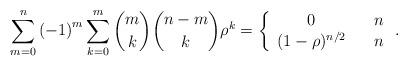
LaTeX: \begin{align*}\sum_{m=0}^{n}\left( -1\right) ^{m}\sum_{k=0}^{m}\binom{m}{k}\binom{n-m}{k}\rho ^{k}=\left\{ \begin{array}{ccc}0 & & n \\ (1-\rho )^{n/2} & & n\end{array}\right. . \end{align*}